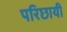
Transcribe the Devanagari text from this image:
परिछायी